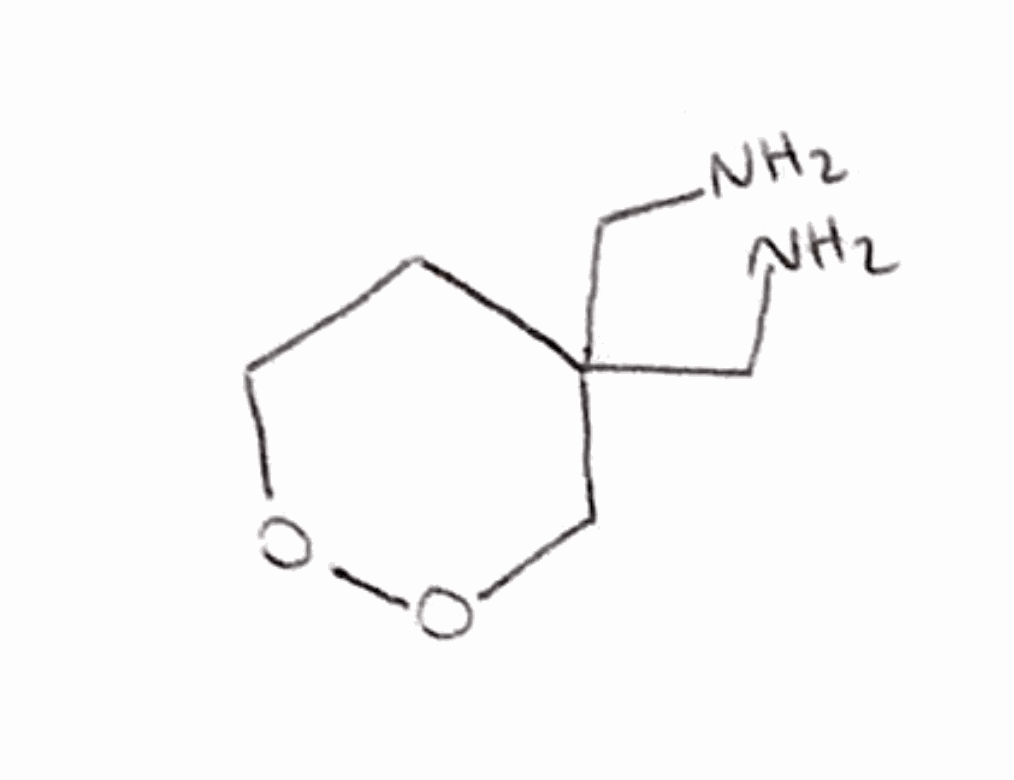
Simplified molecular-input line-entry system (SMILES) notation of the given molecule:
C1COOCC1(CN)CN